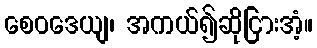
စေဝဒေယျ၊ အကယ်၍ဆိုငြားအံ့။